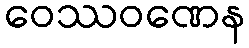
ဝေဿဝဏေန